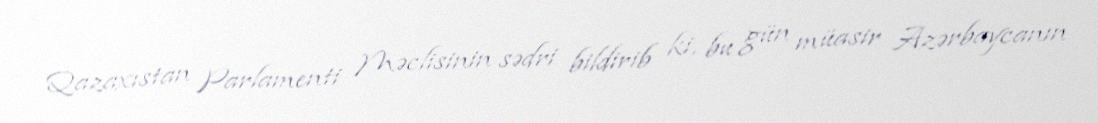
Qazaxıstan Parlamenti Məclisinin sədri bildirib ki, bu gün müasir Azərbaycanın